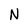
Character: N